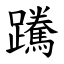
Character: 䠮